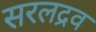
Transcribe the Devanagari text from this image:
सरलद्रव